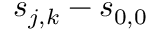
\boldsymbol { s } _ { j , k } - \boldsymbol { s } _ { 0 , 0 }